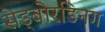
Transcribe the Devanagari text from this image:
सेड्बोरडिनग